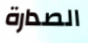
الصدارة